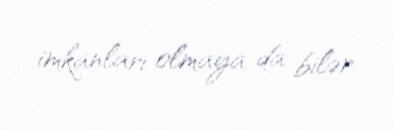
imkanları olmaya da bilər.